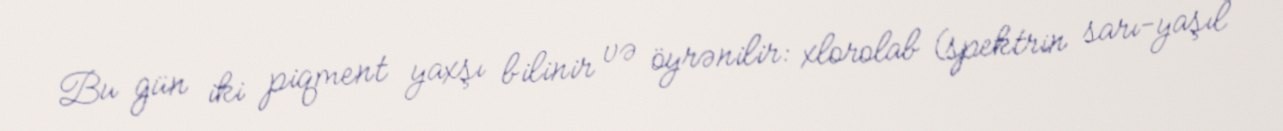
Bu gün iki piqment yaxşı bilinir və öyrənilir: xlorolab (spektrin sarı-yaşıl